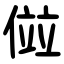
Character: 傡